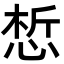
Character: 惁